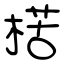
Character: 楛